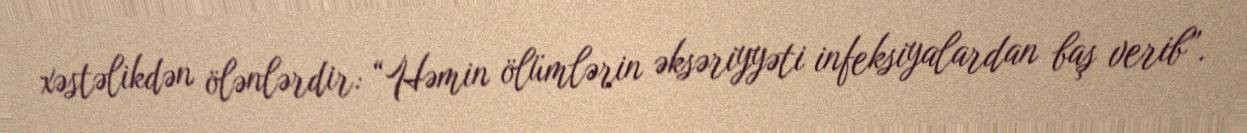
xəstəlikdən ölənlərdir: “Həmin ölümlərin əksəriyyəti infeksiyalardan baş verib”.